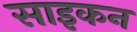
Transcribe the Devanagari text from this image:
साइकन